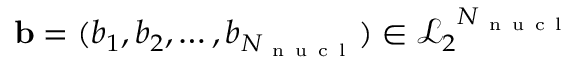
\mathbf { b } = ( b _ { 1 } , b _ { 2 } , \dots , b _ { N _ { \mathrm { ~ n ~ u ~ c ~ l ~ } } } ) \in { \mathcal { L } _ { 2 } } ^ { N _ { \mathrm { ~ n ~ u ~ c ~ l ~ } } }